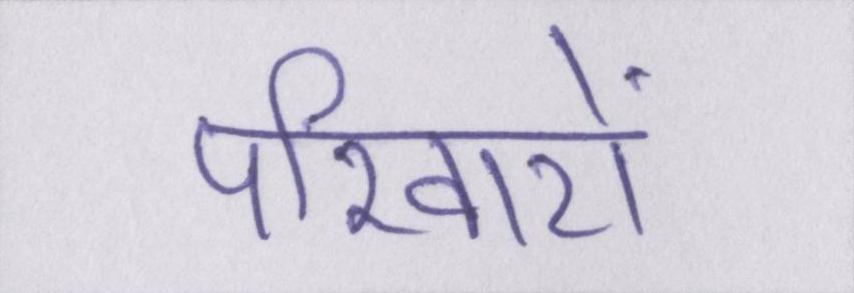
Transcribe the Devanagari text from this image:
परिवारों